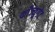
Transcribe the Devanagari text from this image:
काँज्युगेट